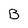
Character: B